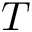
T